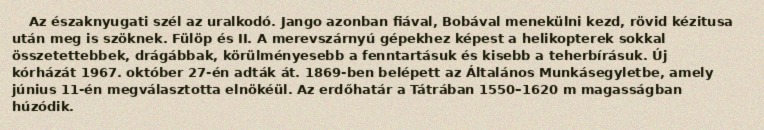
Az északnyugati szél az uralkodó. Jango azonban fiával, Bobával menekülni kezd, rövid kézitusa után meg is szöknek. Fülöp és II. A merevszárnyú gépekhez képest a helikopterek sokkal összetettebbek, drágábbak, körülményesebb a fenntartásuk és kisebb a teherbírásuk. Új kórházát 1967. október 27-én adták át. 1869-ben belépett az Általános Munkásegyletbe, amely június 11-én megválasztotta elnökéül. Az erdőhatár a Tátrában 1550–1620 m magasságban húzódik.